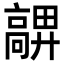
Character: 𩫜